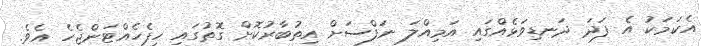
އެކަމަކު އެ ފަދަ ދަނޑިވަޅެއްގައި އަމިއްލަ ނަފްސަށް އިތުބާރުކޮށް ގޮތުގައި ހިފެހެއްޓަންޖެހެ އެވެ.